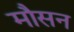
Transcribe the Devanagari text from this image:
मौसन